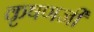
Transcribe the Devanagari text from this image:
कृषणजी